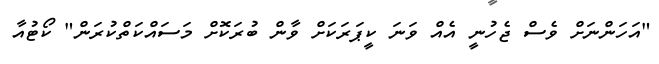
"އަހަންނަށް ވެސް ޖެހުނީ އެއް ވަނަ ކީޕަރަކަށް ވާން ބުރަކޮށް މަސައްކަތްކުރަން" ކޯޓުއާ